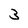
Character: 3